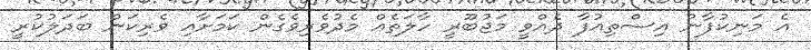
އެ މަނިކުފާނު އިސްތިއުފާ ދެއްވީ މަޖުބޫރީ ހާލަތެއް މެދުވެރިވެގެން ކަމަށާއި ވެރިކަން ބަދަލުކުރީ